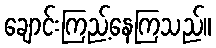
ချောင်းကြည့်နေကြသည်။